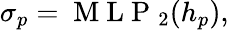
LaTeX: \begin{array}{r}{\begin{array}{r}{\sigma_{p}=\mathrm{~M~L~P~}_{2}(h_{p}),}\end{array}}\end{array}